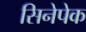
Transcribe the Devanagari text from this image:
सिनेपेक